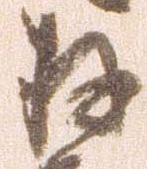
存